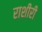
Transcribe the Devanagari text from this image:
राशीरी